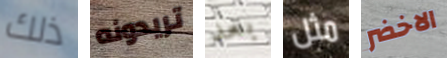
ذلك تريدونه بعد مثل الاخضر